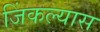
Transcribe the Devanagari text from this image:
जिंकल्यास